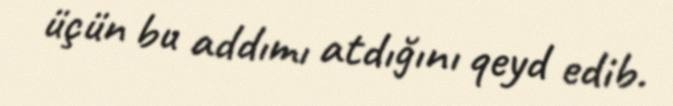
üçün bu addımı atdığını qeyd edib.